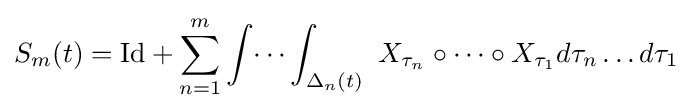
\displaystyle {S_{m}(t)=\mathrm {Id} +\sum _{n=1}^{m}\int \dots \int _{\Delta _{n}(t)}\ X_{\tau _{n}}\circ \dots \circ X_{\tau _{1}}d\tau _{n}\dots d\tau _{1}}